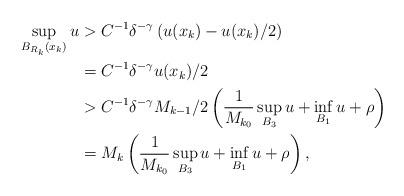
LaTeX: \begin{align*}\sup_{B_{R_{k}}(x_k)} u&> C^{-1} \delta^{-\gamma} \left(u(x_k) - u(x_k)/2\right)\\&=C^{-1} \delta^{-\gamma} u(x_k)/2\\&>C^{-1} \delta^{-\gamma} M_{k-1}/2\left(\frac{1}{M_{k_0}} \sup_{B_3}u + \inf_{B_1}u+\rho\right)\\&=M_k\left(\frac{1}{M_{k_0}} \sup_{B_3}u + \inf_{B_1}u+\rho\right),\end{align*}